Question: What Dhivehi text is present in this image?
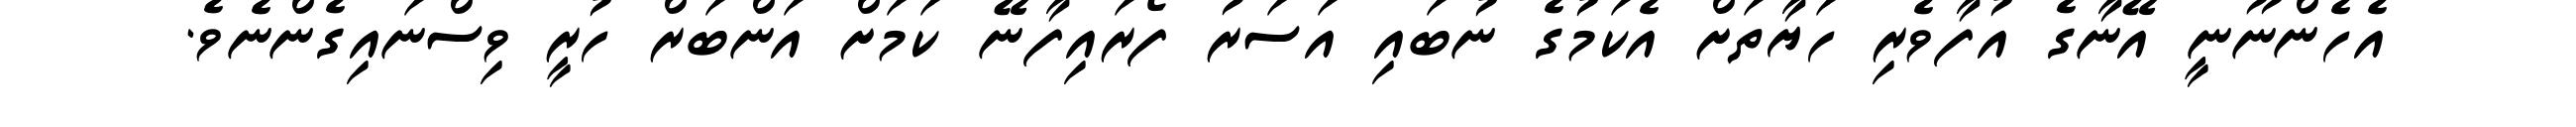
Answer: އެހެންނޫނީ އޭނާގެ އުފާވެރި ހަޔާތަށް އެކަމުގެ ނުބައި އަސަރު ފޯރައިފާނޭ ކަމަށް އަންބަރް ހުރީ ވިސްނައިގެންނެވެ.